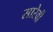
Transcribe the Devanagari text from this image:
सारेवी